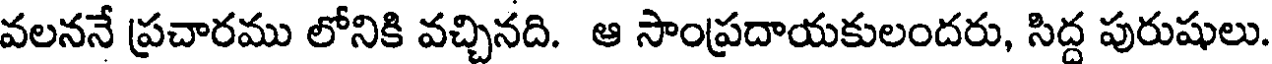
వలననే ప్రచారము లోనికి వచ్చినది. ఆ సాంప్రదాయకులందరు, సిద్ద పురుషులు.